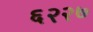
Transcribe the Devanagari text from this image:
६२२७